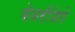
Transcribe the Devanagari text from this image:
फेवरीपेरो